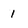
Character: 1